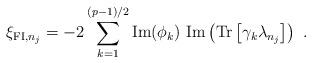
LaTeX: \begin{align*} \xi_{{\rm{\small FI}},n_j}=-2\sum_{k=1}^{(p-1)/2} {\rm Im}(\phi_k)~ {\rm Im}\left({\rm Tr} \left[\gamma_k\lambda_{n_j}\right]\right)~.\end{align*}